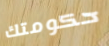
حكومتك